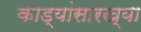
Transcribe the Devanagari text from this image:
काड्यांसारख्या